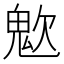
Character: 𩲟